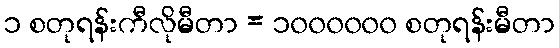
၁ စတုရန်းကီလိုမီတာ = ၁၀၀၀၀၀၀ စတုရန်းမီတာ